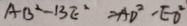
A B ^ { 2 } - B E ^ { 2 } = A D ^ { 2 } - E O ^ { 2 }